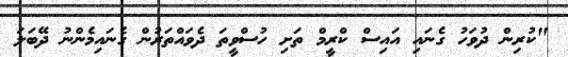
"ކުރިން ދުވަހު ގެނައި އައިސް ކްރީމް ތަށި ހުސްވީތަ ދެވައްތަރުން ގެނައިމެންނު ދޭބަލަ